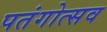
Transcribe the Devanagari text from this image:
पतंगोत्सव